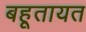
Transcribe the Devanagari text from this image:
बहूतायत